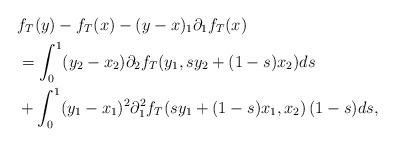
LaTeX: \begin{align*}\lefteqn{f_T(y)-f_T(x)-(y-x)_1\partial_1f_T(x)}\\&=\int_0^1(y_2-x_2)\partial_2f_T(y_1,sy_2+(1-s)x_2)ds\\&+\int_0^1(y_1-x_1)^2\partial_1^2f_T(sy_1+(1-s)x_1,x_2)\, (1-s) ds,\end{align*}